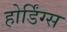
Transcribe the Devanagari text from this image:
होर्डिंग्स